Heimtali_vallavalitsus, lk 9
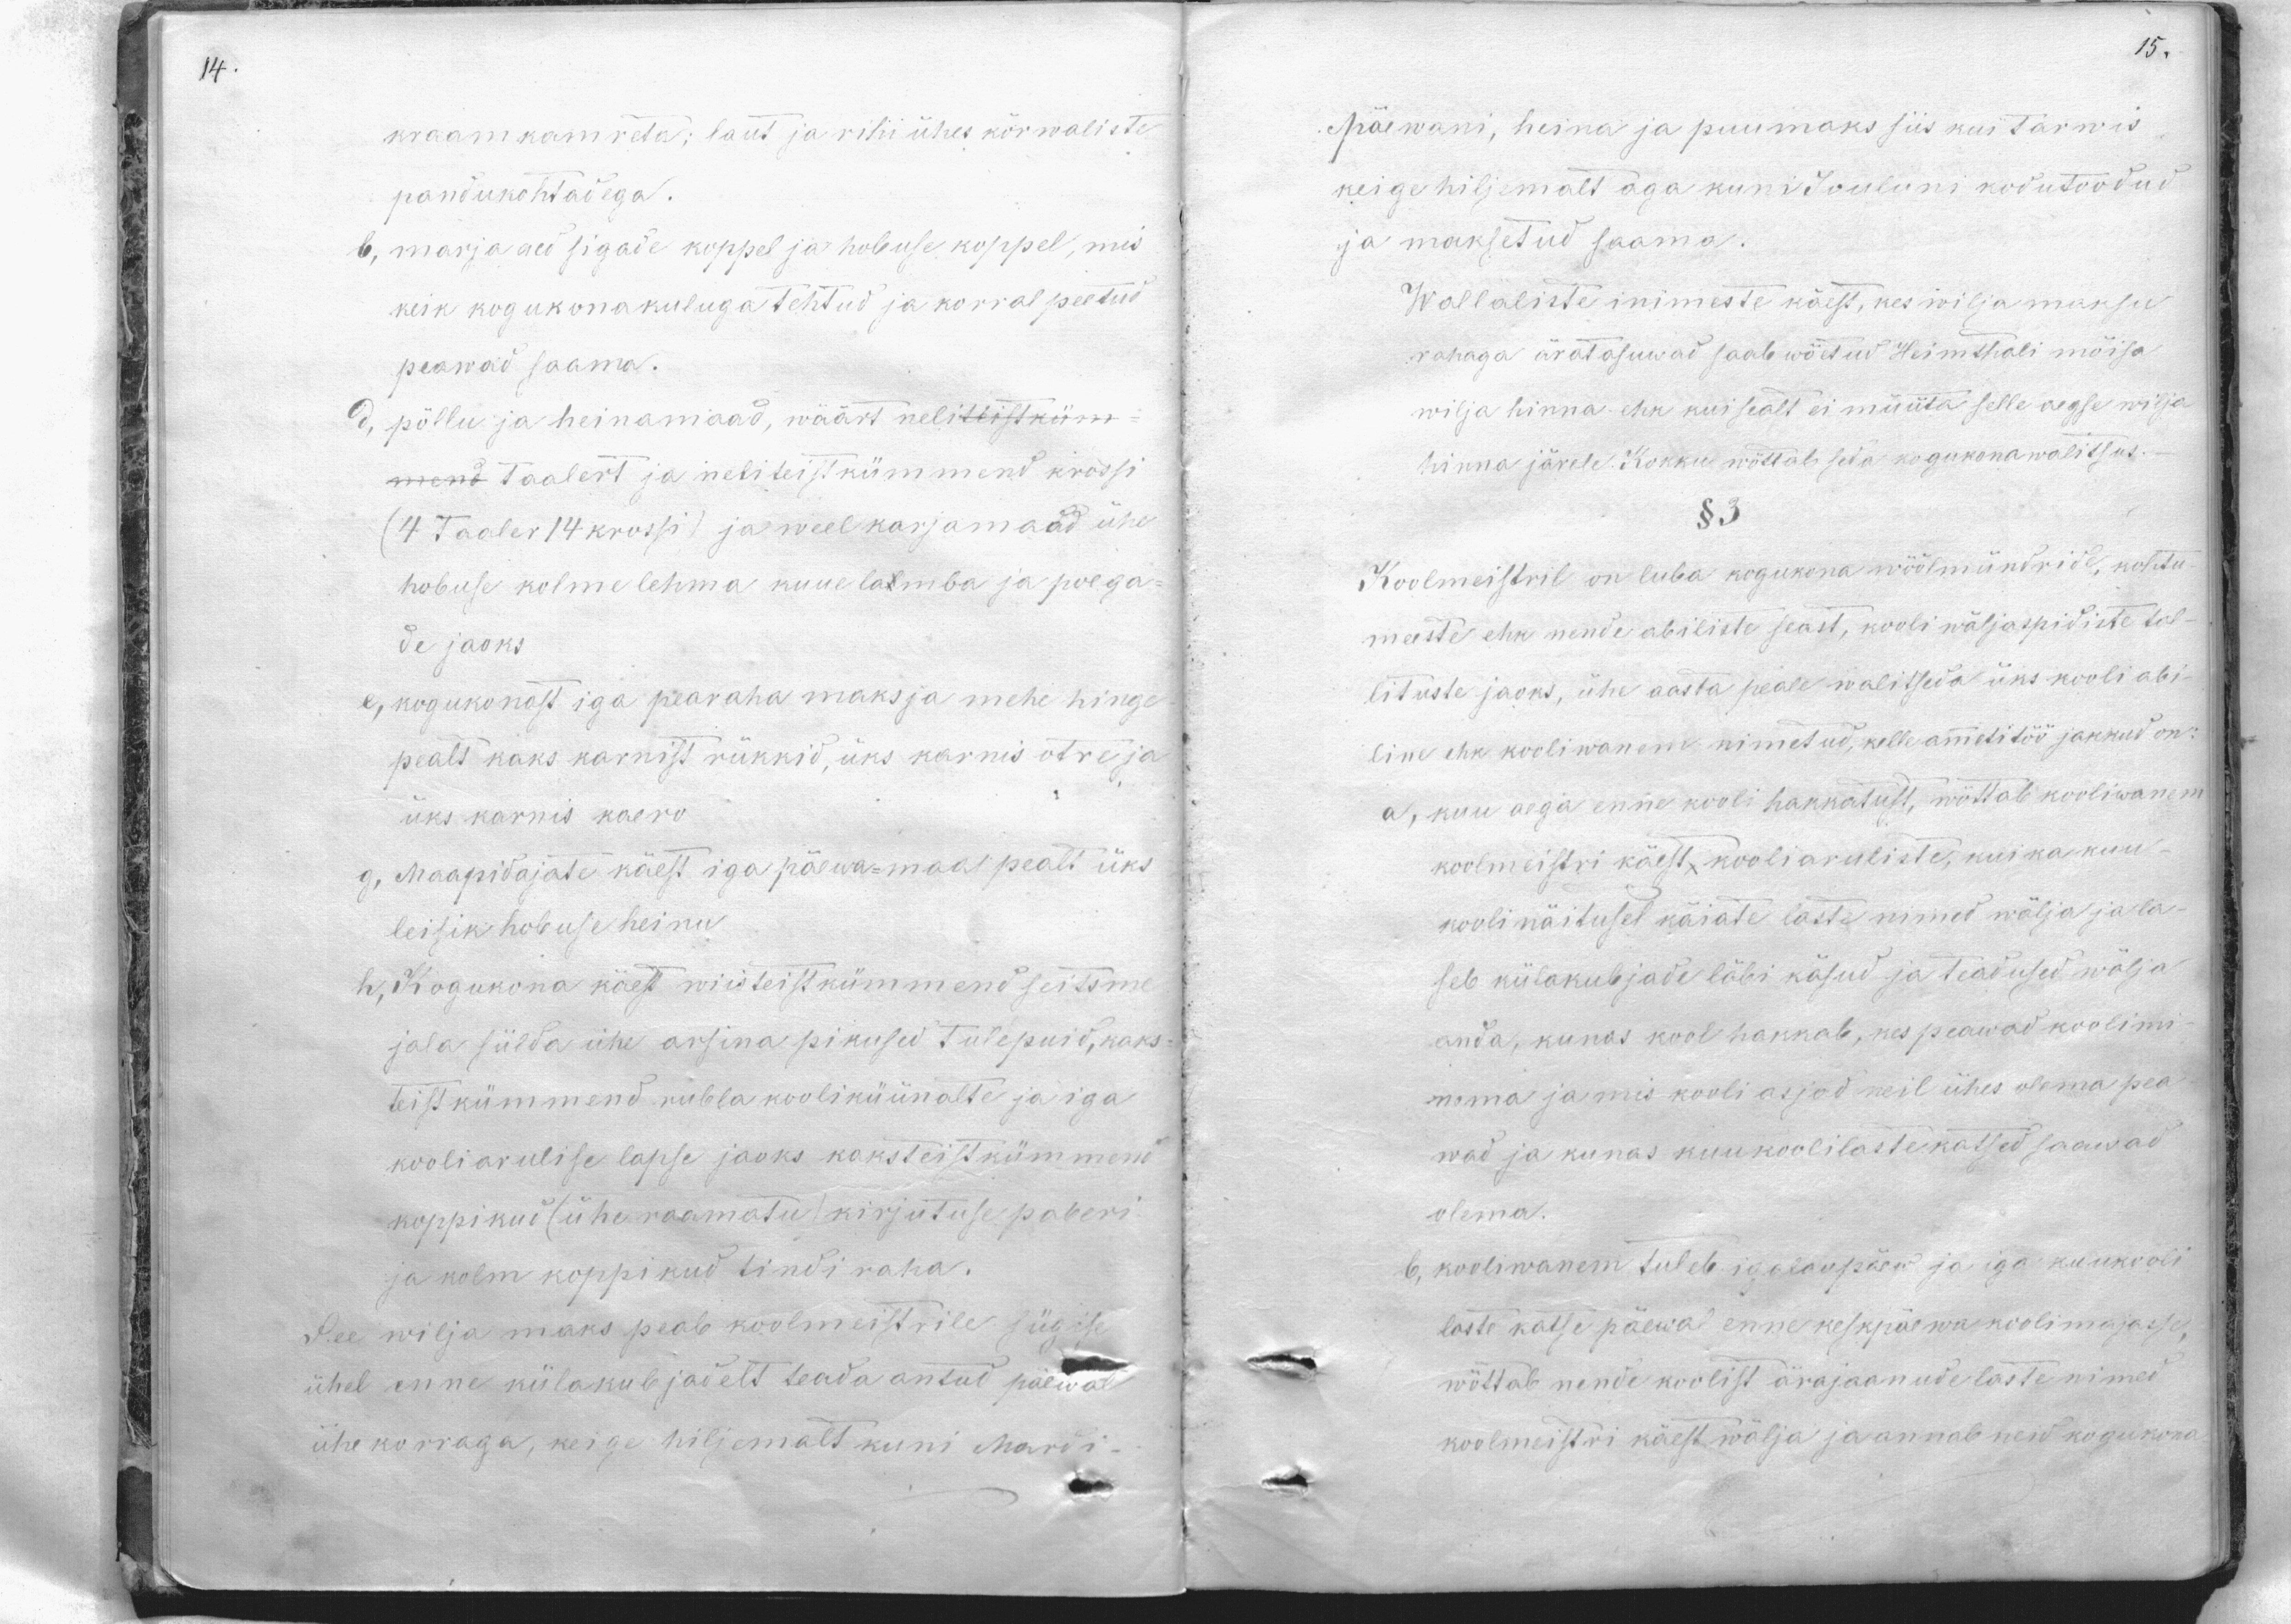
kraam kamreta; laut ja rihi ühes kõrwaliste
pandukohtadega.
b, marja aeg sigade koppel ja hobuse koppeli, mis
keik kogukona kuluga tehtud ja korral peetud
peawad saama.
d, põllu ja heinamaad, wäärt neliteistküm-
mend Taalert ja neliteist kümmend krossi
(4 Taaler 14 krossi) ja weel karjamaad ühe
hobuse kolme lehma kuue lamba ja poega
de jaoks
e, kogukonnast iga pearaha maksja mehe hinge
pealt kaks karnist rükkid, üks karnis otre ja
üks karnis kaeru
g. Maapidajate käest iga päewa-maas pealt üks
leisik hobuse heinu
h. Kogukona käest wiisteist kümmend seitsme
jala sülda ühe arsina pikused tulepuid, kaks
teistkümmend rubla kooliküünalte ja iga
kooliarulise lapse jaoks kaksteistkümmeni
koppikud (ühe raamatu) kirjutuse paberi
ja kolm koppikud tindi raha.
See wilja maks peab koolmeistrile sügise
ühel enne külkule jai ett teada antud päewal
ühekorraga, keige hiljemalt kuni Mardi-

päewani, heina ja puumaks siis kui tarwis
keige hiljemalt aga kuni Jouluni kodutoodud
ja maksetud saama.
Wallaliste inimeste käest, kes wilja maksu
rahaga äratasuwad saab wõetud Heimthali mõisa
wilja hinna ehk kui sealt ei müüta selle aegse wilja
hinna järele. Kokku wõttab seda kogukonawalitsus.
§ 3.
Koolmeistril on luba kogukona wöölmündride, kohtu
meeste ehk nende abiliste seast, kooli wäljaspidiste tol-
lituste jaoks, ühe aasta peale walitseda üks kooli abi-
line ehk kooliwanem nimetud, kelle ametitöö jakkud on
a, kuu aega enne kooli hakkatust, wõttab kooliwanem
koolmeistri käest kooliaruliste, kui ka kuu
kooli näitusel käiate laste nimed wälja ja la-
seb külakubjade läbi käsud ja teadused wälja
anda, kunas kool hakkab, kes peawad koolimi-
noma ja mis kooli asjad neil ühes olema pea
wad ja kunas kuu koolilaste katsed saawad
olema.
b, kooliwanem tuleb igalaupäew ja iga kuukooli
laste katse päewal enne keskpäewa koolimajasse,
wõttab nende koolist ärajaanude laste nimed
koolmeistri käest wälja ja annab neid kogukona